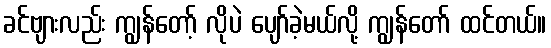
ခင်ဗျားလည်း ကျွန်တော့် လိုပဲ ပျော်ခဲ့မယ်လို့ ကျွန်တော် ထင်တယ်။